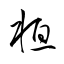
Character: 桓